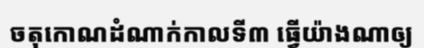
ចតុកោណដំណាក់កាលទី៣ ធ្វើយ៉ាងណាឲ្យ